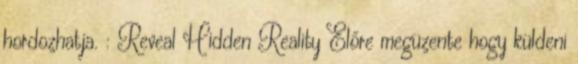
hordozhatja. : Reveal Hidden Reality Előre megüzente hogy küldeni